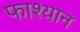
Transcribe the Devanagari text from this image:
फाश्यान